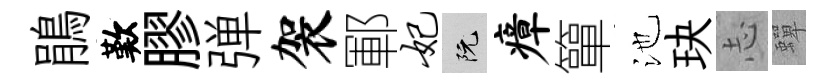
鵑歎膠弹袈鄆妃阮瘴簞池玦𢖽蟬